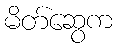
မိတ်ဆွေက